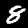
Label: 8